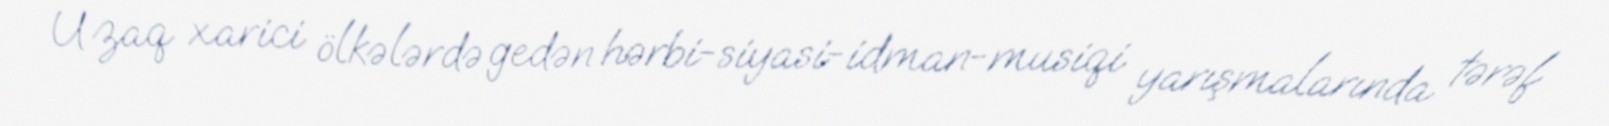
Uzaq xarici ölkələrdə gedən hərbi-siyasi-idman-musiqi yarışmalarında tərəf